Vaccination in Burma 1900-1911 - 1900-1911
Year: 1900
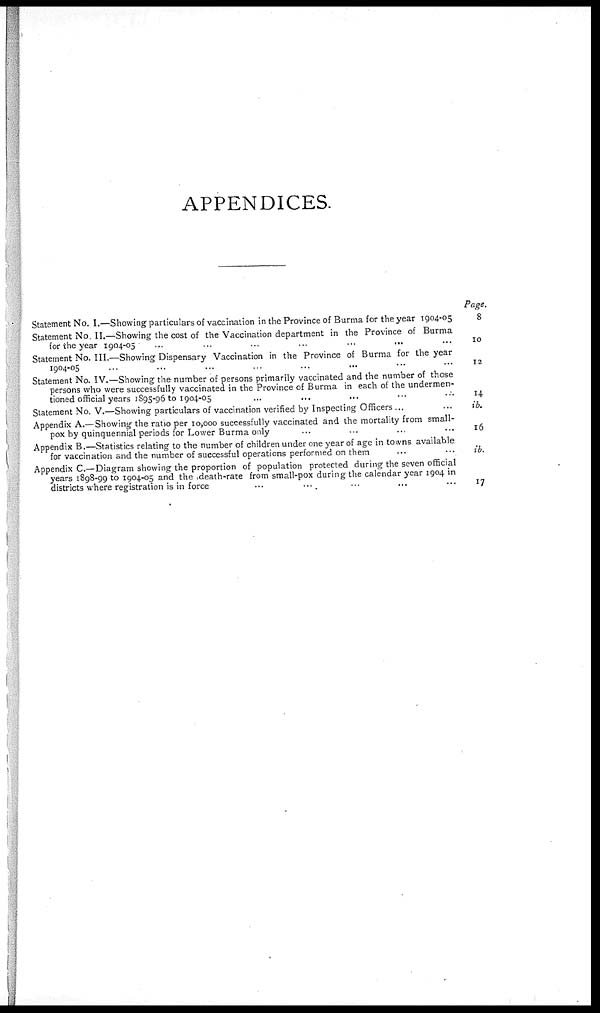
APPENDICES.
Statement No. I.—Showing particulars of vaccination in the Province of Burma for the year 1904-05
Statement No. II.—Showing the cost of the Vaccination department in the Province of Burma
fortheyear 1904-05
...
...
...
Statement No. III.—Showing Dispensary Vaccination in the Province of Burma for the year
1904-05 ... ... ...
Statement No. IV.—Showing the number of persons primarily vaccinated and the number of those
persons who were successfully vaccinated in the Province of Burma in each of the undermen-
tioned official years 1895-96 to 1904-05... ...
Statement No. V.—Showing particulars of vaccination verified by Inspecting Officers ...
Appendix A.—Showing the ratio per 10,000 successfully vaccinated and the mortality from small-
pox by quinquennial periods for Lower Burma only
Appendix B.—Statistics relating to the number of children under one year of age in towns available
for vaccination and the number of successful operations performed on them
Appendix C—Diagram showing the proportion of population protected during the seven official
years 1898-99 to 1904-05 and the death-rate from small-pox during the calendar year 1904 in
districts where registration is in force
Page.
8
10
12
14
ib.
16
ib.
17